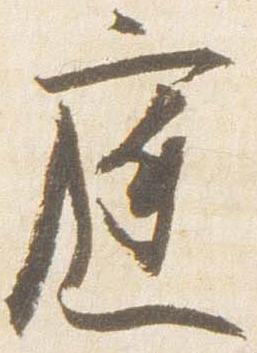
庭